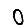
Digit: 0